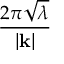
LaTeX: \frac { 2 \pi \sqrt { \lambda } } { | \mathbf { k } | }